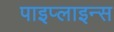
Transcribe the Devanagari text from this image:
पाइप्लाइन्स